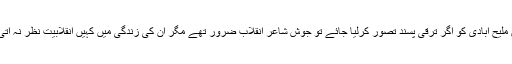
جوش ملیح آبادی کو اگر ترقی پسند تصور کرلیا جائے تو جوشؔ شاعرِ انقلاب ضرور تھے مگر ان کی زندگی میں کہیں انقلابیت نظر نہ آتی تھی۔